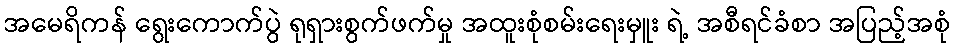
အမေရိကန် ရွေးကောက်ပွဲ ရုရှားစွက်ဖက်မှု အထူးစုံစမ်းရေးမှူး ရဲ့ အစီရင်ခံစာ အပြည့်အစုံ